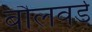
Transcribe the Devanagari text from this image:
बौलवर्ड